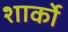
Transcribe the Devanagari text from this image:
शार्को